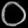
Digit: ၀